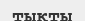
тықты